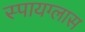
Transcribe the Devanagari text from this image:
स्पायग्लास